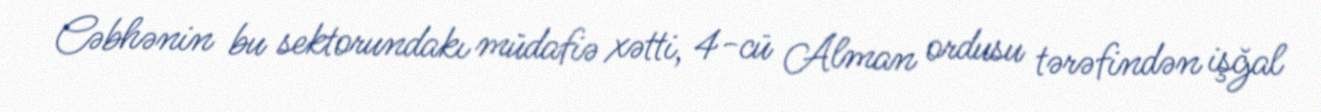
Cəbhənin bu sektorundakı müdafiə xətti, 4-cü Alman ordusu tərəfindən işğal